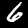
Label: 6